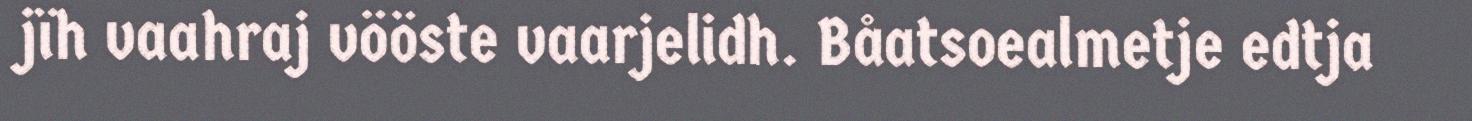
jïh vaahraj vööste vaarjelidh. Båatsoealmetje edtja